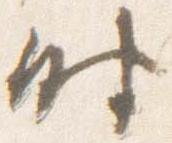
時